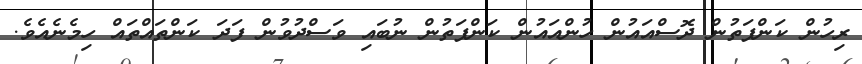
ރިހުން ކަންފަތުން ދޮސްއައުން ހުންއައުން ކަންފަތުން ނުބައި ވަސްދުވުން ފަދަ ކަންތައްތައް ހިމެނެއެވެ.